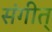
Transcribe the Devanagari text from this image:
संगीत्